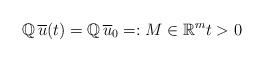
LaTeX: \begin{align*}\mathbb Q\,\overline{u}(t) = \mathbb Q\,\overline{u}_0 =: M \in \mathbb R^m t>0\end{align*}